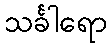
သင်္ခါရော